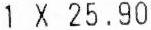
1 X 25.90